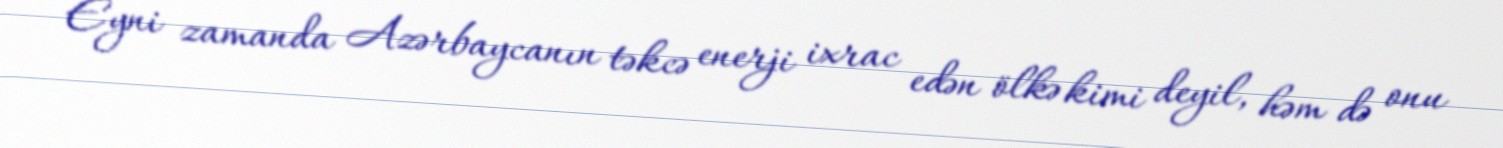
Eyni zamanda Azərbaycanın təkcə enerji ixrac edən ölkə kimi deyil, həm də onu